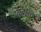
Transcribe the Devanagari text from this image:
बेलिंस्की